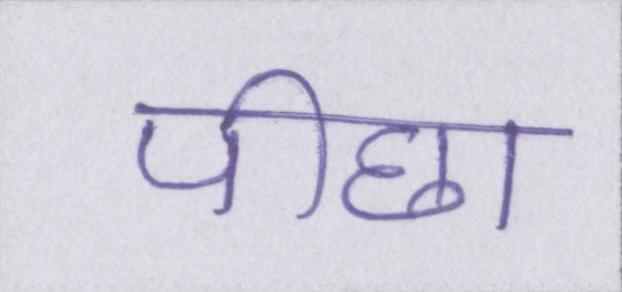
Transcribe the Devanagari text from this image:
पीछा